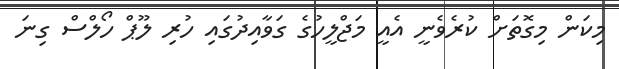
މިކަން މިގޮތަށް ކުރެވެނީ އެއީ މަޖްލީހުގެ ގަވާއިދުގައި ހުރި ލޫޕް ހޯލްސް ގިނަ